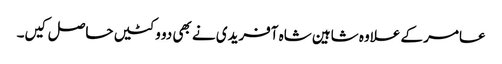
عامر کے علاوہ شاہین شاہ آفریدی نے بھی دو وکٹیں حاصل کیں۔